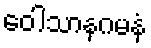
ဝေါသာနဂမနံ